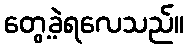
တွေ့ခဲ့ရလေသည်။